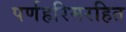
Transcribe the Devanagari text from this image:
पर्णहरिमरहित